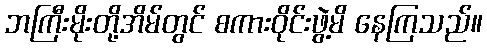
ဘကြီးမိုးတို့အိမ်တွင် စကားဝိုင်းဖွဲ့မိ နေကြသည်။